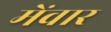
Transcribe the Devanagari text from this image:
मेंवार